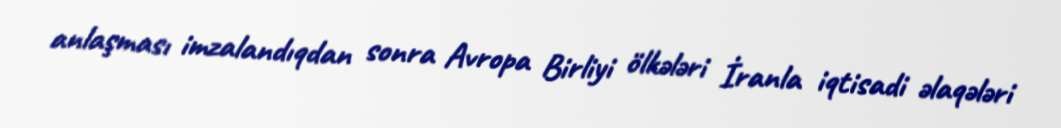
anlaşması imzalandıqdan sonra Avropa Birliyi ölkələri İranla iqtisadi əlaqələri